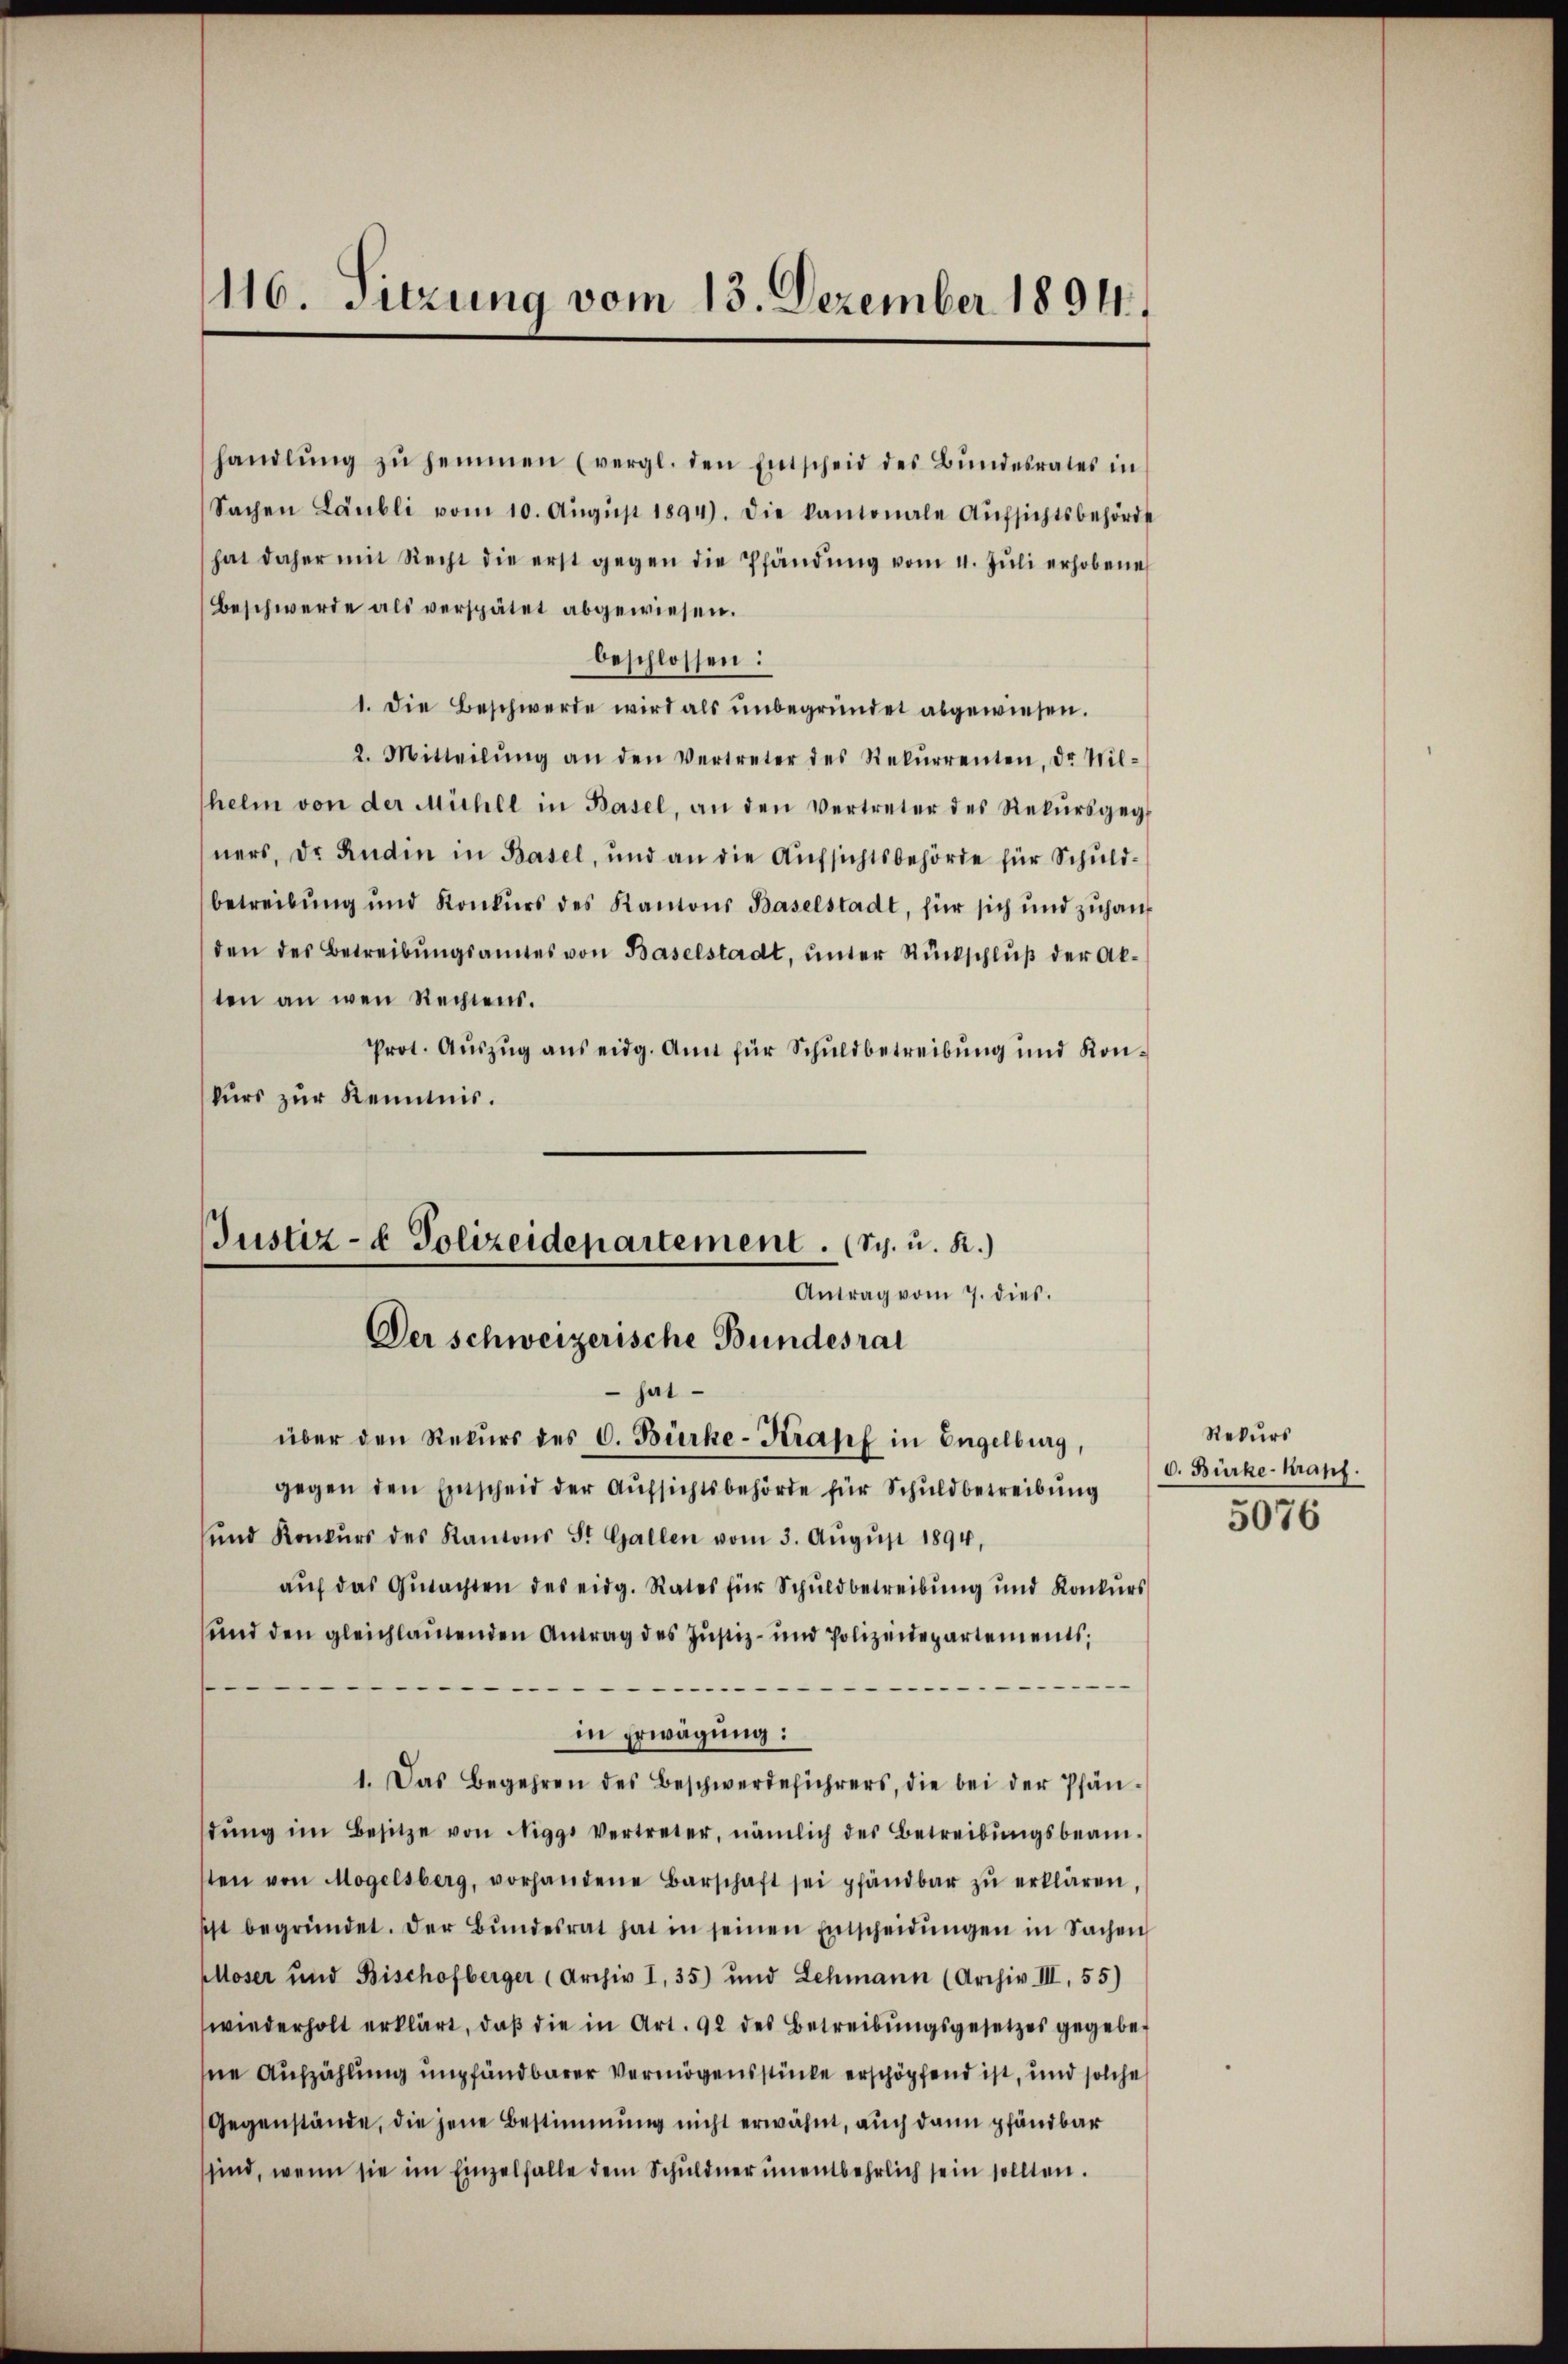
116. Sitzung vom 13. Dezember 1894.

handlŭng zŭ hemmen (vergl. den Entscheid des Bŭndesrates in
Sachen Läubli vom 10. Aŭgŭst 1894. Die kantonale Aufsichtsbehörde
hat daher mit Recht die erst gegen die Pfändŭng vom 4. Jŭli erhobene
Beschwerde als verspätet abgewiesen.
beschlossen:
1. Die Beschwerde wird als unbegründet abgewiesen.
2. Mitteilŭng an den Vertreter des Rekŭrrenten, dr. Wil-
helm von der Mühle in Basel, an den Vertreter des Rekŭrsgeg
ners, dr Ruden in Basel, und an die Aufsichtsbehörde für Schuldbetreibŭng und Konkŭrs des Kantons Baselstadt, für sich und zŭhanden des Betreibŭngsamtes von Baselstadt, ŭnter Rückschlŭβ der Ak-
ten an wen Rechtens.
Prot. Aŭszŭg ans eidg. Ann für Schuldbetreibung und Kon-
kurs zur Kenntnis.
 hat
über den Rekŭrs des C. Bürke-Krapf in Engelburg,
gegen den Einscheid der Aŭfsichtsbehörde für Schuldbetreibung
ŭnd Konkŭrs des Kantons St. Gallen vom 3. Aŭgŭst 1894,
aŭf das Gutachten des eidg. Rates für Schuldbetreibung und Konkurs
und den gleichlautenden Antrag des Justiz- und Polizeidepartements;
f

in Erwägung:
1. Das Begehren des Beschwerdeführers, die bei der Pfän-
dŭng im Besitze von Niggs vertreter, nämlich des Betreibŭngsbeam-
sten von Mogelsberg, vorhandene Barschaft sei pfandbar zŭ erklären,
scht begründet. Der Bŭndesrat hat in seinen Entscheidŭngen in Sachen
Moser und Bischofberger (Archiv I, 35) und Lehmann (Archiv III, 55)
wiederholt erklärt, daβ die in Art. 92 des Betreibŭngsgesetzes gegebene Aufzählung empfandbarer Vermögensstücke erschöpfend ist, und solche
Gegenstände, die jene Bestimmung nicht erwähnt, auch dann pfandbar
sind, wenn sie im Einzelfalle dem Schŭldner ŭnentbehrlich sein sollten.

Justiz- & Polizeidepartement. (Sch. u. R.)
Antrag vom 7. dies.
Der schweizerische Bundesrat

Rekurs
0. Bürke-Kranz.
5076